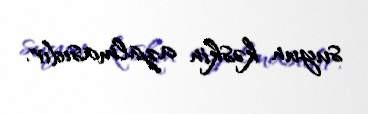
suyun kəskin azalmasıdır.